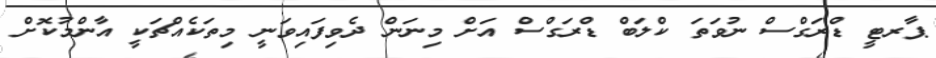
ޕާރޓީ ޑްރަގްސް ނުވަތަ ކްލަބް ޑްރަގްސް އަށް މިނަން ދެވިފައިވަނީ މިތަކެއްޗަކީ އާންމުކޮށް